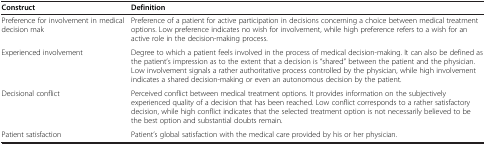
| Construct | Definition |
 | --- | --- |
 | Preference for involvement in medical decision mak | Preference of a patient for active participation in decisions concerning a choice between medical treatment options. Low preference indicates no wish for involvement, while high preference refers to a wish for an active role in the decision-making process. |
 | Experienced involvement | Degree to which a patient feels involved in the process of medical decision-making. It can also be defined as the patient’s impression as to the extent that a decision is “shared” between the patient and the physician. Low involvement signals a rather authoritative process controlled by the physician, while high involvement indicates a shared decision-making or even an autonomous decision by the patient. |
 | Decisional conflict | Perceived conflict between medical treatment options. It provides information on the subjectively experienced quality of a decision that has been reached. Low conflict corresponds to a rather satisfactory decision, while high conflict indicates that the selected treatment option is not necessarily believed to be the best option and substantial doubts remain. |
 | Patient satisfaction | Patient’s global satisfaction with the medical care provided by his or her physician. |